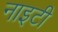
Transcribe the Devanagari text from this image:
नाइटी